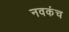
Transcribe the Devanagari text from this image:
नवकंच